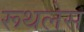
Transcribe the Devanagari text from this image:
रूथलेस